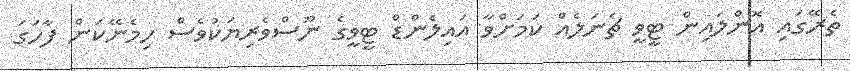
ތެރޭގައި އޮންލައިން ޓީވީ ޗެނަލެއް ކަމަށްވާ އައިލެންޑް ޓީވީގެ ނޫސްވެރިޔަކުވެސް ހިމެނޭކަން ފާހަގަ